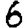
Digit: 6